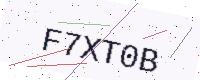
Text: F7XT0B